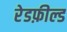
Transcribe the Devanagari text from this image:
रेडफ़ील्ड